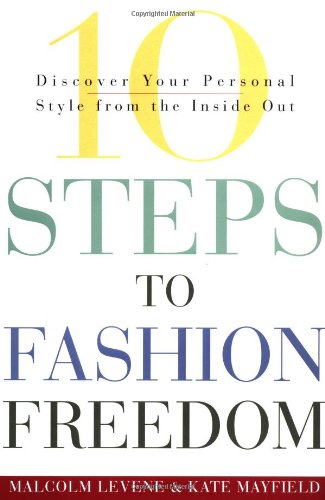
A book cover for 10 Steps to Fashion Freedom: Discover Your Personal Style from the Inside Out; Malcolm Levene; Health, Fitness & Dieting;